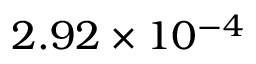
2 . 9 2 \times 1 0 ^ { - 4 }